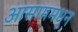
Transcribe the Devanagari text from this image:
आसाममधून